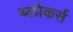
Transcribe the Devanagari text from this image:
ब्लोकर्स